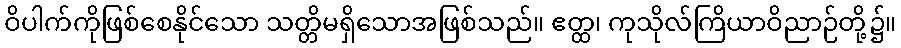
ဝိပါက်ကိုဖြစ်စေနိုင်သော သတ္တိမရှိသောအဖြစ်သည်။ ဧတ္ထ၊ ကုသိုလ်ကြိယာဝိညာဉ်တို့၌။